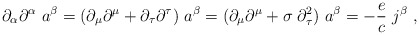
\begin{align*}\partial_{\alpha}\partial^{\alpha} \ a^{\beta}=(\partial_{\mu}\partial^{\mu}+\partial_{\tau}\partial^{\tau}) \ a^{\beta}=(\partial_{\mu}\partial^{\mu}+ \sigma \; \partial_{\tau}^2) \ a^{\beta} = -\frac{e}{c} \ j^{\beta} \ ,\end{align*}